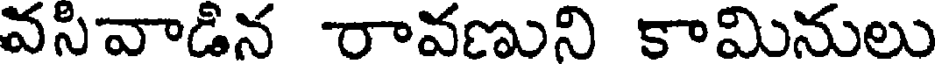
వసివాడిన రావణుని కామినులు